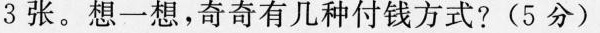
3张。想一想，奇奇有几种付钱方式? (5分)